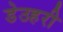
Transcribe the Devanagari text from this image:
डेउहरी